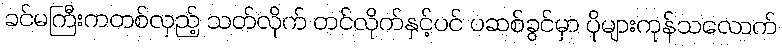
ခင်မကြီးကတစ်လှည့် သတ်လိုက် တင်လိုက်နှင့်ပင် ပဆစ်ခွင်မှာ ပိုများကုန်သလောက်